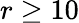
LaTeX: r\ge 10